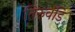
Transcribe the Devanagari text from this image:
तिरुवंडि